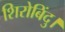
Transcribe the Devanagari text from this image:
शिरोबिंदु।